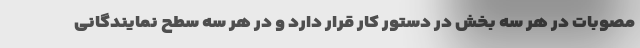
مصوبات در هر سه بخش در دستور کار قرار دارد و در هر سه سطح نمایندگانی